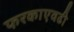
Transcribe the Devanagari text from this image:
फरकाएवढी